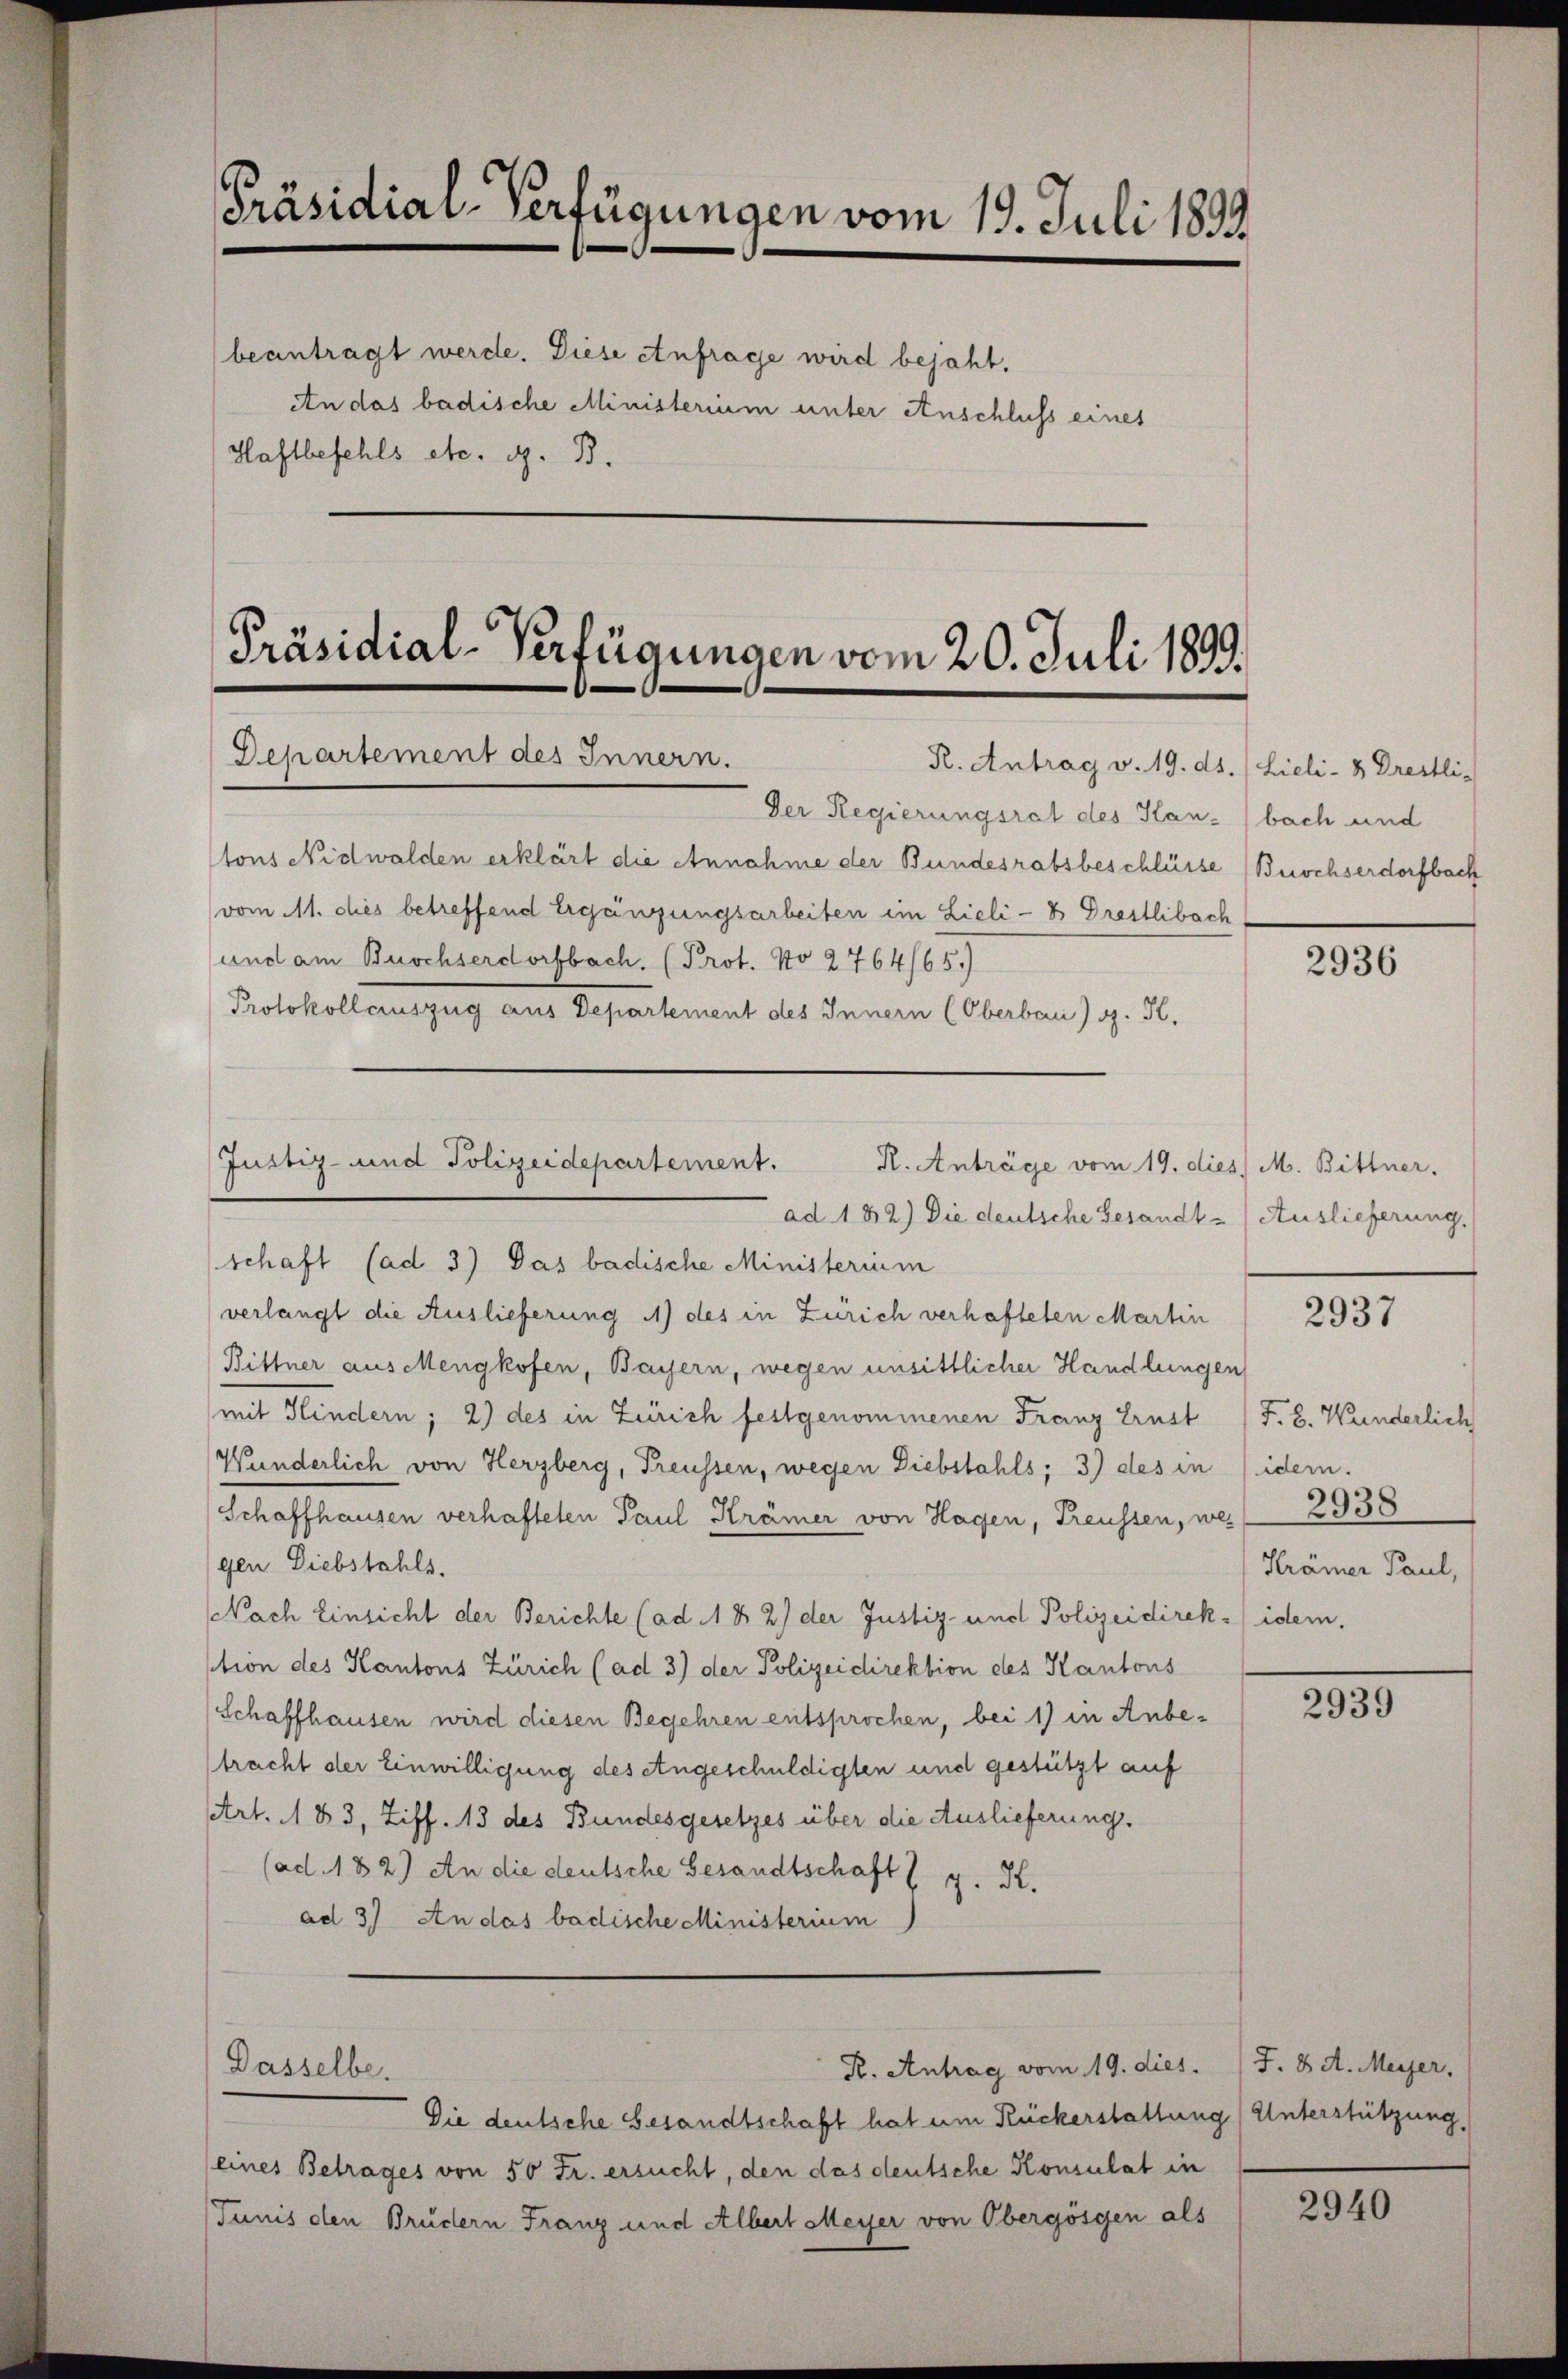
Präsidial-Verfügungen vom 19. Juli 1899.

beantragt werde. Diese Anfrage wird bejaht.
An das badische Ministerium unter Anschluß eines
Haftbefehls etc. G. B.

Präsidial-Verfügungen vom 20. Juli 1899.
Departement des Innern.
R. Antrag v. 19. ds. (Lieli- & Drestli-

Der Regierungsrat des Kan-) bach und
tons Nidwalden erklärt die Annahme der Bundesratsbeschlüsse (Buochserdorfbach
vom 11. dies betreffend Ergängungsarbeiten im Lieli - B Drestlibach
und am Burchserdorfbach. (Prot. No 2764/65.)
Protokollauszug aus Departement des Innern (Oberbau v. K.
schaft (ad 3) Das badische Ministerium
verlangt die Auslieferung 1) des in Zürich verhafteten Martin
Hittner aus Mengkofen, Bayern, wegen unsittlicher Handlungen
mit Hindern; 2) des in Zürich festgenommenen Franz Ernst
Wunderlich von Herzberg, Freussen, wegen Diebstahls; 3) des in
Schaffhausen verhafteten Paul Krämer von Hagen, Treussen, wes 2938
gen Diebstahls.
Nach Einsicht der Berichte (ad 11 & 2) der Justiz- und Polizeidirek-) idem.
ption des Kantons Zürich (ad 3) der Polizeidirektion des Kantons
(Schaffhausen wird diesen Begehren entsprochen, bei 1) in Anbetracht der Einwilligung des angeschuldigten und gestützt auf
Art. 183, Ziff. 13 des Bundesgesetzes über die Auslieferung.
(ad. 182) An die deutsche Gesandtschaft g. K.
ad 3) An das badische Ministerium
R. Antrag vom 19. dies. S. 8 A. Meyer,
Dasselbe.
Die deutsche Gesandtschaft hat um Rückerstattung) Unterstützung,
eines Betrages von 50 Fr. ersucht, den das deutsche Konsulat in
Junis den Brudern Franz und Albert Meyer von Obergösgen als

Justiz- und Polizeidepartement.
R. Anträge vom 19. dies M. Bittner.
ad. 182) Die deutsche Gesandt - Auslieferung,

2936

2937

F. 8. Wanderlich
ider.
Krämer Paul,

2939

2940